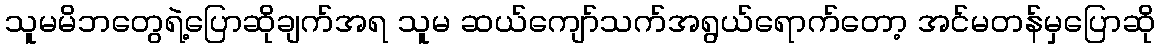
သူမမိဘတွေရဲ့ပြောဆိုချက်အရ သူမ ဆယ်ကျော်သက်အရွယ်ရောက်တော့ အင်မတန်မှပြောဆို